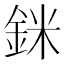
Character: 銤